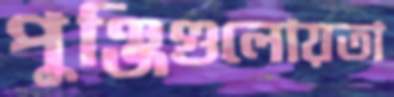
পুঞ্জিগুলোয়তা